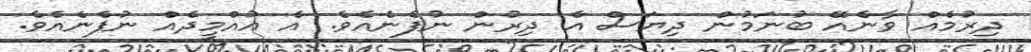
ދިރުމެއް ވާނެއޭ ބުނަމުން ދިޔަސް އެ ދިރުން ނުފެނެއެވެ. އެ އުއްމީދެއް ނުފެނެއެވެ.